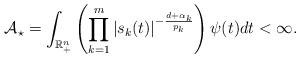
LaTeX: \begin{align*}{\mathcal A}_{\star}=\int_{\mathbb R_+^n}\left(\prod_{k=1}^m|s_k(t)|^{-\frac{d+\alpha_k}{p_k}}\right)\psi(t)dt<\infty.\end{align*}